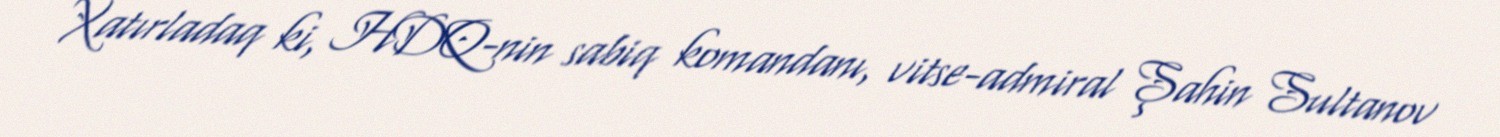
Xatırladaq ki, HDQ-nin sabiq komandanı, vitse-admiral Şahin Sultanov